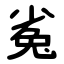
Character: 㝹